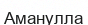
Аманулла